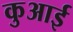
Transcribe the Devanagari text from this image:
कुआई